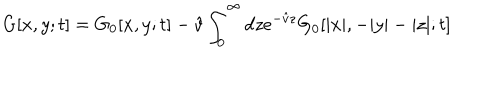
LaTeX: G [ x , y ; t ] = G _ { 0 } [ x , y ; t ] - \hat { v } \int _ { 0 } ^ { \infty } d z e ^ { - \hat { v } z } G _ { 0 } [ | x | , - | y | - | z | ; t ]